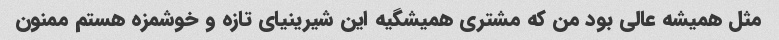
مثل همیشه عالی بود من که مشتری همیشگیه این شیرینیای تازه و خوشمزه هستم ممنون